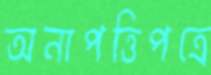
অনাপত্তিপত্রে